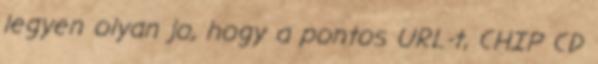
legyen olyan jo, hogy a pontos URL-t, CHIP CD